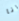
انا